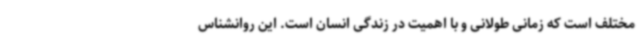
مختلف است که زمانی طولانی و با اهمیت در زندگی انسان است. این روانشناس